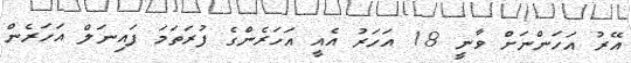
އޭރު އަހަންނަށް ވާނީ 18 އަހަރު އެއީ އަހަރެންގެ ފުރަތަމަ ފައިނަލް އަހަރެން